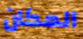
المكان